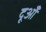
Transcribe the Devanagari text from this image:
दूआँ